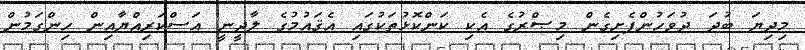
މިދިޔަ ބުދަ ދުވަހުންފެށިގެން މިޞްރުގެ އެކި ކަންކޮޅުތަކުގައި އެޤައުމުގެ ލާދީނީ އަސްކަރިއްޔާއިން ހިންގަމުން